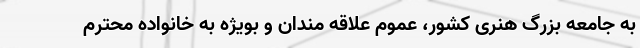
به جامعه بزرگ هنری کشور، عموم علاقه مندان و بویژه به خانواده محترم